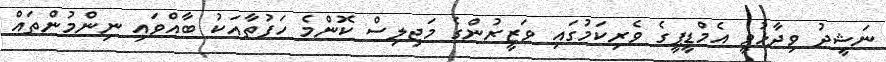
ނަޝީދު ވިދާޅުވީ އެމްޑީޕީގެ ވެރިކަމުގައި ވަޒީރުންގެ މަޖިލިސް ކޮންމެ ހަފުތާއަކު ބާއްވައި ނިންމުންތައް